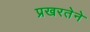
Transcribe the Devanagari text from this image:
प्रखरतेने